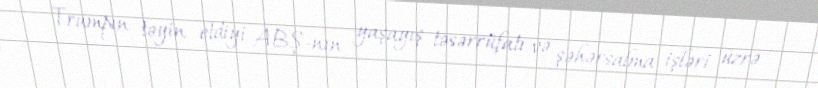
Trampın təyin etdiyi ABŞ-nın yaşayış təsərrüfatı və şəhərsalma işləri üzrə